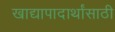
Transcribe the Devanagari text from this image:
खाद्यापादार्थांसाठी